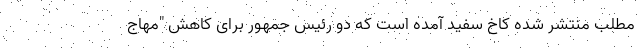
مطلب منتشر شده کاخ سفید آمده است که دو رئیس جمهور برای کاهش "مهاج